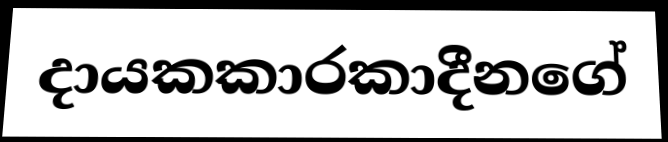
දායකකාරකාදීනගේ